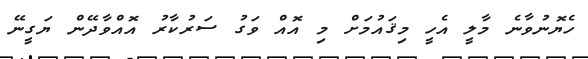
ހެޔޮނުވާނެ މާލީ އެހީ މިޤައުމަށް މި އޮއް ވަގު ސަރުކާރު އޮއްވާދޭން ޔަގީނޭ